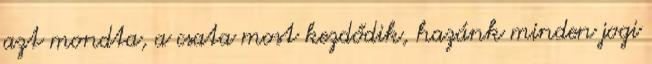
azt mondta, a csata most kezdődik, hazánk minden jogi